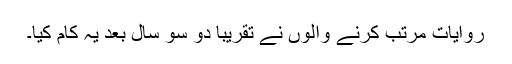
روایات مرتب کرنے والوں نے تقریباً دو سو سال بعد یہ کام کیا۔